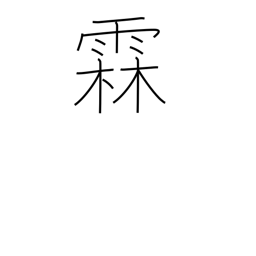
Meaning: long rainy spell